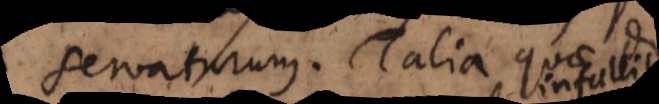
servaturum. Talia quae